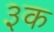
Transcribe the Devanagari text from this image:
३क